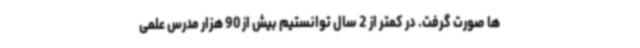
ها صورت گرفت. در کمتر از 2 سال توانستیم بیش از 90 هزار مدرس علمی